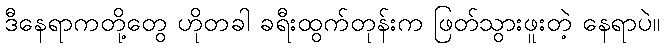
ဒီနေရာကတို့တွေ ဟိုတခါ ခရီးထွက်တုန်းက ဖြတ်သွားဖူးတဲ့ နေရာပဲ။